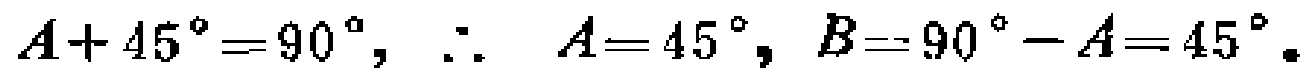
$A + 45^{\circ}=90^{\circ},\ \therefore\ A = 45^{\circ},\ B = 90^{\circ}-A = 45^{\circ}.$